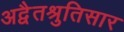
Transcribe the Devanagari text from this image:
अद्वैतश्रुतिसार